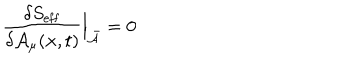
{ \frac { \delta S _ { \mathrm { e f f } } } { \delta { \cal A } _ { \mu } ( { { \bf x } , t } ) } } \Bigr | _ { \bar { \cal A } } = 0